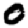
Digit: 0